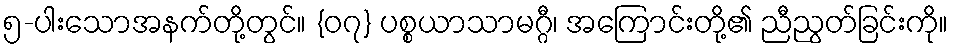
၅-ပါးသောအနက်တို့တွင်။ {၀၇} ပစ္စယာသာမဂ္ဂီ၊ အကြောင်းတို့၏ ညီညွတ်ခြင်းကို။